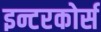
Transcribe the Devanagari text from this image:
इन्टरकोर्स